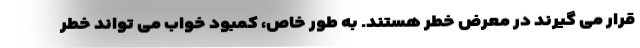
قرار می گیرند در معرض خطر هستند. به طور خاص، کمبود خواب می تواند خطر